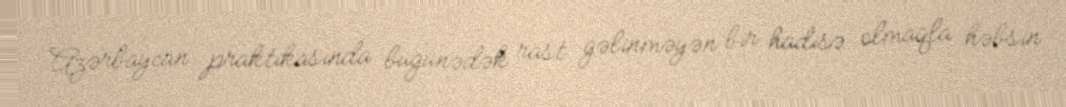
Azərbaycan praktikasında bugünədək rast gəlinməyən bir hadisə olmaqla həbsin